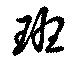
班